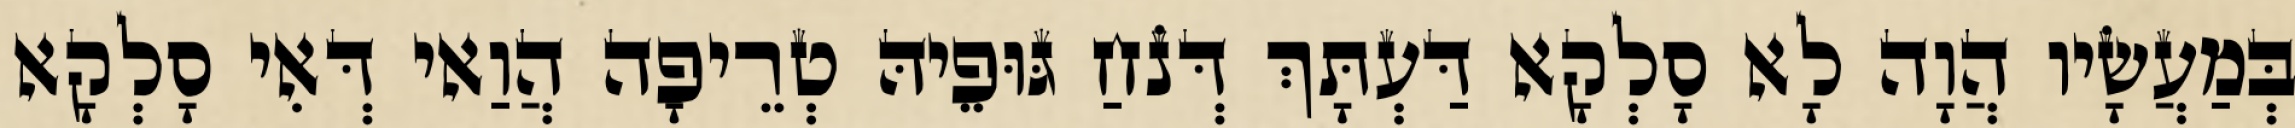
בְּמַעֲשָׂיו הֲוָה לָא סָלְקָא דַּעְתָּךְ דְּנֹחַ גּוּפֵיהּ טְרֵיפָה הֲוַאי דְּאִי סָלְקָא